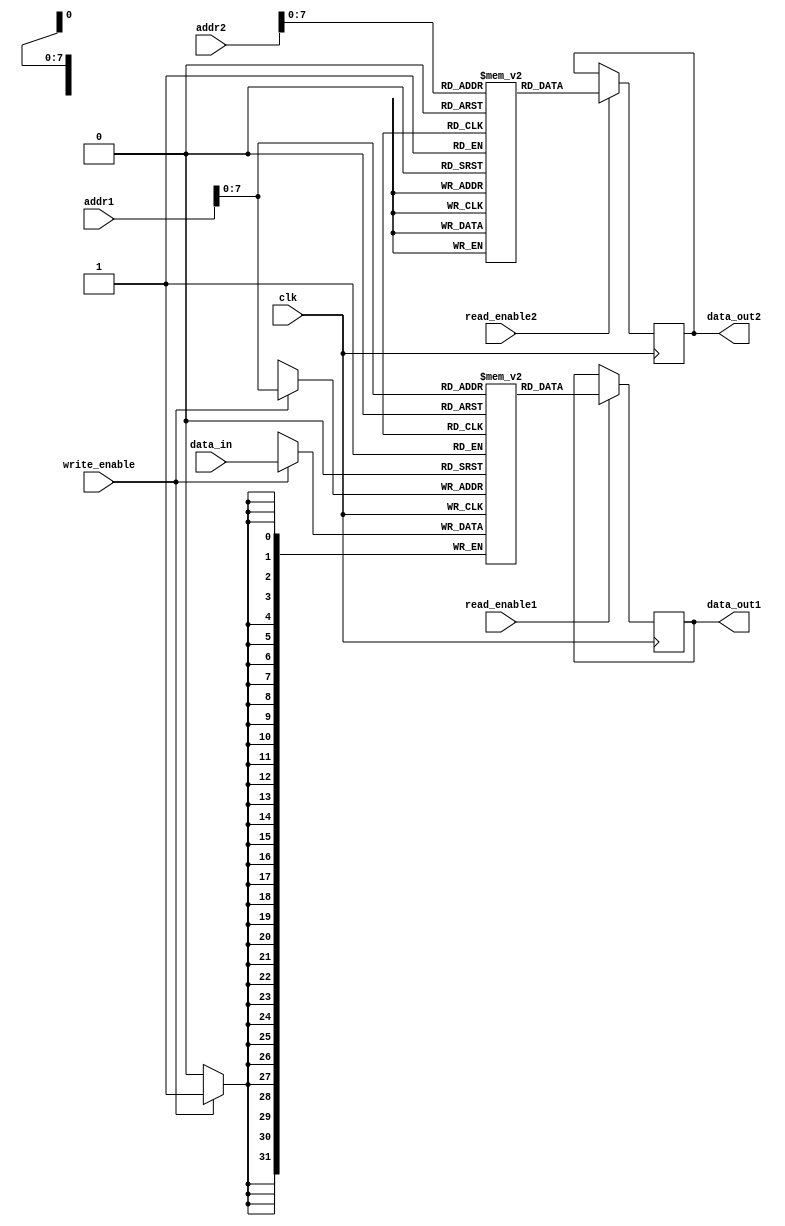
module multi_port_register_file (
    input wire clk,
    input wire [31:0] addr1,
    input wire [31:0] addr2,
    input wire [31:0] data_in,
    input wire write_enable,
    input wire read_enable1,
    input wire read_enable2,
    output reg [31:0] data_out1,
    output reg [31:0] data_out2
);

reg [31:0] memory_block1 [0:255];
reg [31:0] memory_block2 [0:255];
reg [31:0] memory_block3 [0:255];
// Add more memory blocks here as needed

always @(posedge clk) begin
    if (write_enable) begin
        memory_block1[addr1] <= data_in;
    end

    if (read_enable1) begin
        data_out1 <= memory_block1[addr1];
    end

    if (read_enable2) begin
        data_out2 <= memory_block2[addr2];
    end
end

endmodule